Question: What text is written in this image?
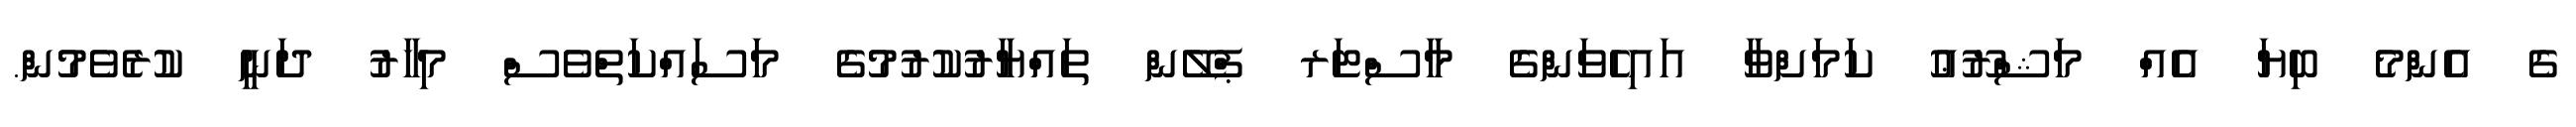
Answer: ގެ އެންމެ ބިޔަ އެއް މަޝްރޫޢު ކަމަށްވާ އައިހެވަންގެ މާސްޓަރ ޕްލޭން ތައްޔާރުކުރުމުގެ މަސައްކަތްވެސް މިހާރު ދަނީ ކުރެވެމުން.